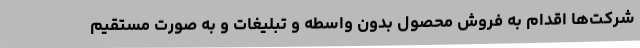
شرکت‌ها اقدام به فروش محصول بدون واسطه و تبلیغات و به صورت مستقیم